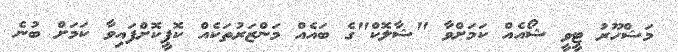
މަޝްހޫރު ޓީވީ ޝޯއެއް ކަމަށްވާ "ޝާލޮކް"ގެ ބައެއް މަންޒަރުތަކެއް ކޮޕީކޮށްފައިވާ ކަމަށް ބުނެ